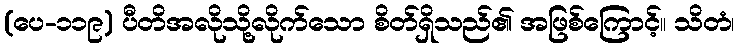
(ပေ-၁၁၉) ပီတိအလိုသို့လိုက်သော စိတ်ရှိသည်၏ အဖြစ်ကြောင့်။ သိတံ၊